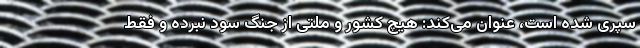
سپری شده است، عنوان می‌کند: هیچ کشور و ملتی از جنگ سود نبرده و فقط